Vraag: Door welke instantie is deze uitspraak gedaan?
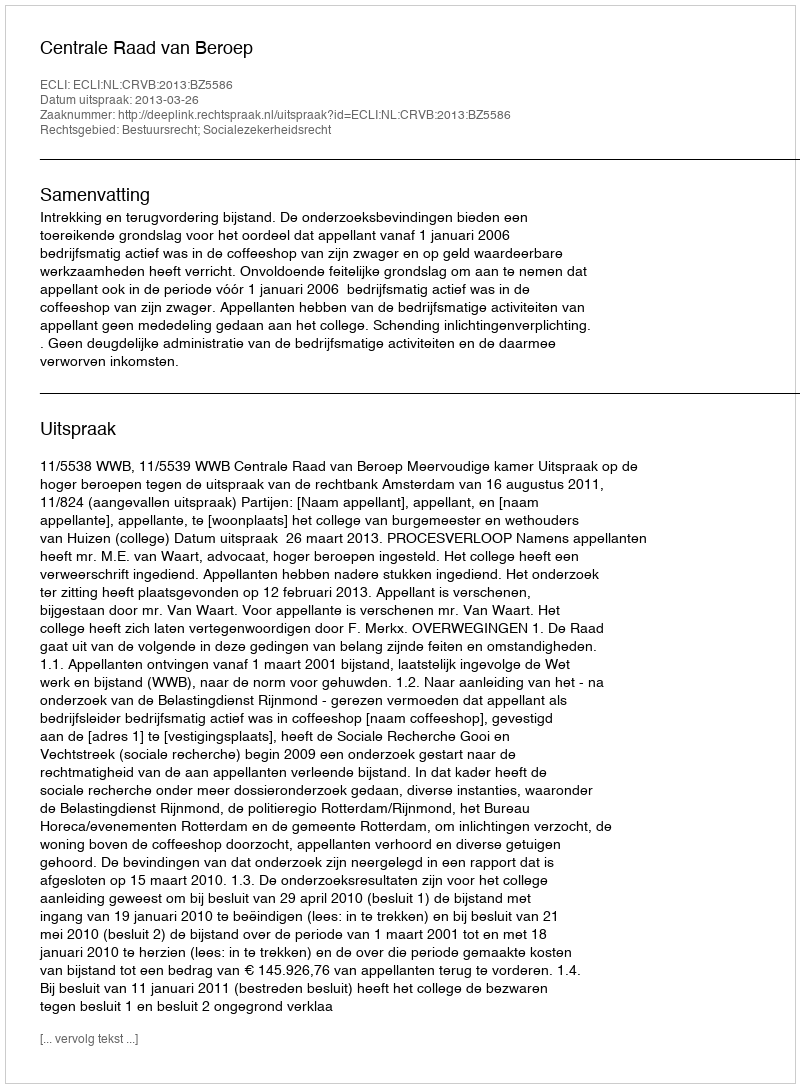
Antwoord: Centrale Raad van Beroep